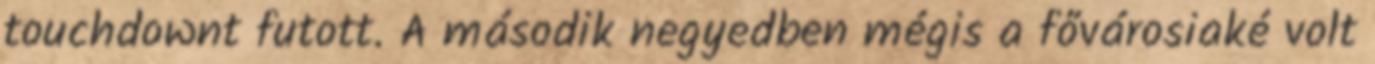
touchdownt futott. A második negyedben mégis a fővárosiaké volt